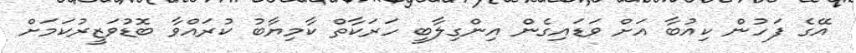
އޭގެ ފަހުން ކިއުބާ އަށް ވަޑައިގެން އިންގިލާބީ ހަރަކާތް ކާމިޔާބު ކުރައްވާ ބޮޑުވަޒީރުކަމަށް